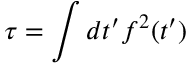
\tau = \int d t ^ { \prime } f ^ { 2 } ( t ^ { \prime } )